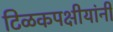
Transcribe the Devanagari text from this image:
टिळकपक्षीयांनी